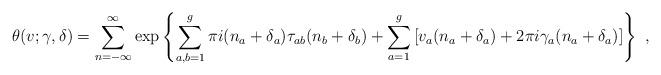
LaTeX: \begin{align*}\theta (v;\gamma ,\delta ) = \sum_{n=-\infty }^\infty \exp \left\{ \sum_{a,b=1}^g \pi i(n_a+\delta _a)\tau _{ab}(n_b+\delta _b)+\sum_{a=1}^g\left[ v_a(n_a+\delta _a)+2\pi i\gamma _a(n_a+\delta _a)\right] \right\} \ ,\end{align*}